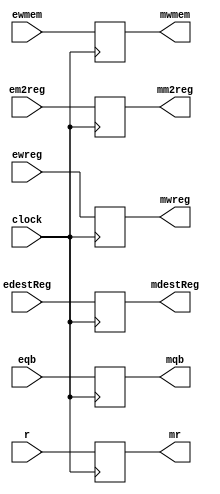
`timescale 1ns / 1ps
//////////////////////////////////////////////////////////////////////////////////
// Company: 
// Engineer: 
// 
// Design Name: 
// Module Name: EXEMEM Reg
// Project Name: 
// Target Devices: 
// Tool Versions: 
// Description: 
// 
// Dependencies: 
// 
// Revision:
// Revision 0.01 - File Created
// Additional Comments:
// 
//////////////////////////////////////////////////////////////////////////////////


module EXEMEM_Reg(
    input ewreg,
    input em2reg,
    input ewmem,
    input [4:0] edestReg,
    input [31:0] r,
    input [31:0] eqb,
    input clock,
    
    output reg mwreg,
    output reg mm2reg,
    output reg mwmem,
    output reg [4:0] mdestReg,
    output reg [31:0] mr,
    output reg [31:0] mqb
    );
    
    always @(posedge clock)
    begin
        mwreg <= ewreg;
        mm2reg <= em2reg;
        mwmem <= ewmem;
        mdestReg <= edestReg;
        mr <= r;
        mqb <= eqb;
    end
endmodule